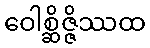
ဝေါစ္ဆိဇ္ဇိဿထ